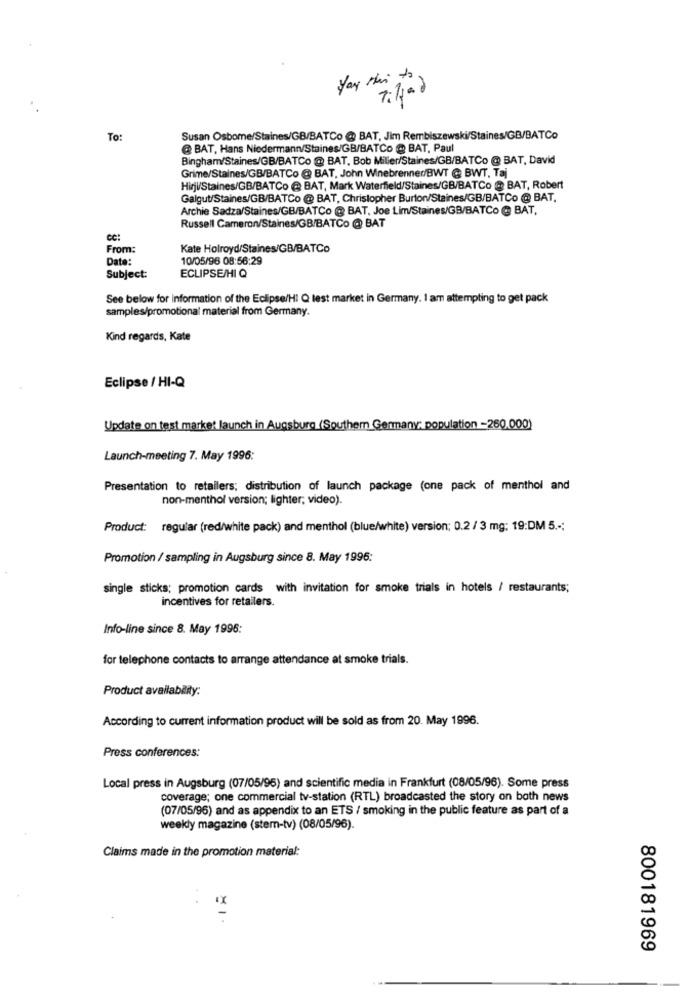
Yay Hai to
To:
Susan Osborne/Staines/GB/BATCo @ BAT, Jim Rembiszewski/Staines/GB/BATCo
@ BAT, Hans Niedermann/Staines/GB/BATCo @ BAT, Paul
Bingham/Staines/GB/BATCo @ BAT, Bob Miller/Staines/GB/BATCo @ BAT, David
Grime/Staines/GB/BATCo @ BAT, John Winebrenner/BWT @ BWT, Taj
Hirji/Staines/GB/BATCo @ BAT, Mark Waterfield/Staines/GB/BATCo @ BAT, Robert
Galgut/Staines/GB/BATCo @ BAT, Christopher Burton/Staines/GB/BATCo @ BAT,
Archie Sadza/Staines/GB/BATCo @ BAT, Joe Lim/Staines/GB/BATCo @ BAT,
Russell Cameron/Staines/GB/BATCo @ BAT
CC:
From:
Kate Holroyd/Staines/GB/BATCo
Date:
10/05/96 08:56:29
ECLIPSE/HI Q
Subject:
See below for information of the Eclipse/Hi Q lest market in Germany. I am attempting to get pack
samples/promotional material from Germany.
Kind regards, Kate
Eclipse / HI-Q
Update on test market launch in Augsburg (Southem Germany; population -260,000)
Launch-meeting 7. May 1996:
Presentation to retailers; distribution of launch package (one pack of menthol and
non-menthol version; lighter; video).
Product: regular (red/white pack) and menthol (blue/white) version; 0.2 / 3 mg: 19:DM 5 .-;
Promotion / sampling in Augsburg since 8. May 1996:
single sticks; promotion cards with invitation for smoke trials in hotels / restaurants;
incentives for retailers.
Info-line since 8. May 1996:
for telephone contacts to arrange attendance at smoke trials.
Product availability:
According to current information product will be sold as from 20. May 1996.
Press conferences:
Local press in Augsburg (07/05/96) and scientific media in Frankfurt (08/05/96). Some press
coverage; one commercial tv-station (RTL) broadcasted the story on both news
(07/05/96) and as appendix to an ETS / smoking in the public feature as part of a
weekly magazine (stem-tv) (08/05/96).
Claims made in the promotion material:
×1.
800181969